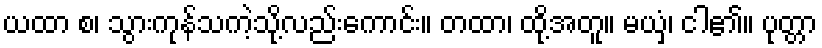
ယထာ စ၊ သွားကုန်သကဲ့သို့လည်းကောင်း။ တထာ၊ ထို့အတူ။ မယှံ၊ ငါ၏။ ပုတ္တာ